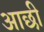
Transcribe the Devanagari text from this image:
आछी